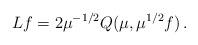
LaTeX: \begin{align*}Lf=2\mu^{-1/2}Q(\mu,\mu^{1/2}f)\,.\end{align*}